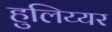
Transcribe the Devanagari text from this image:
हुलिय्यर